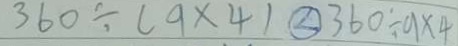
3 6 0 \div ( 9 \times 4 ) \textcircled { < } 3 6 0 \div 9 \times 4